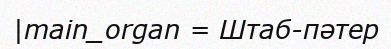
|main_organ = Штаб-пәтер